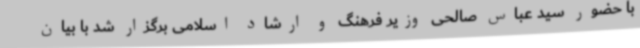
با حضور سید عباس صالحی وزیر فرهنگ و ارشاد اسلامی برگزار شد با بیان